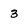
Character: 3